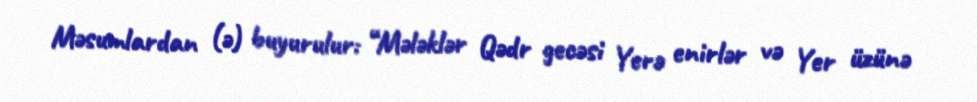
Məsumlardan (ə) buyurulur: “Mələklər Qədr gecəsi Yerə enirlər və Yer üzünə